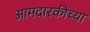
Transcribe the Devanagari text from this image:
आमदारकीच्या